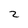
Character: 2